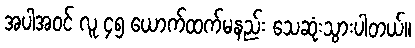
အပါအဝင် လူ ၄၅ ယောက်ထက်မနည်း သေဆုံးသွားပါတယ်။